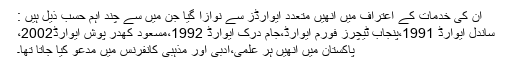
ان کی خدمات کے اعتراف میں انھیں متعدد ایوارڈز سے نوازا گیا جن میں سے چند اہم حسب ذیل ہیں :
ساندل ایوارڈ 1991،پنجاب ٹیچرز فورم ایوارڈ،جام درک ایوارڈ 1992،مسعود کھدر پوش ایوارڈ2002،
پاکستان میں انھیں ہر علمی،ادبی اور مذہبی کانفرنس میں مدعو کیا جاتا تھا۔